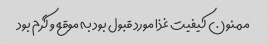
ممنون کیفیت غذا مورد قبول بود به موقع و گرم بود